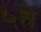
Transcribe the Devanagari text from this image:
५ते